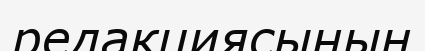
редакциясының